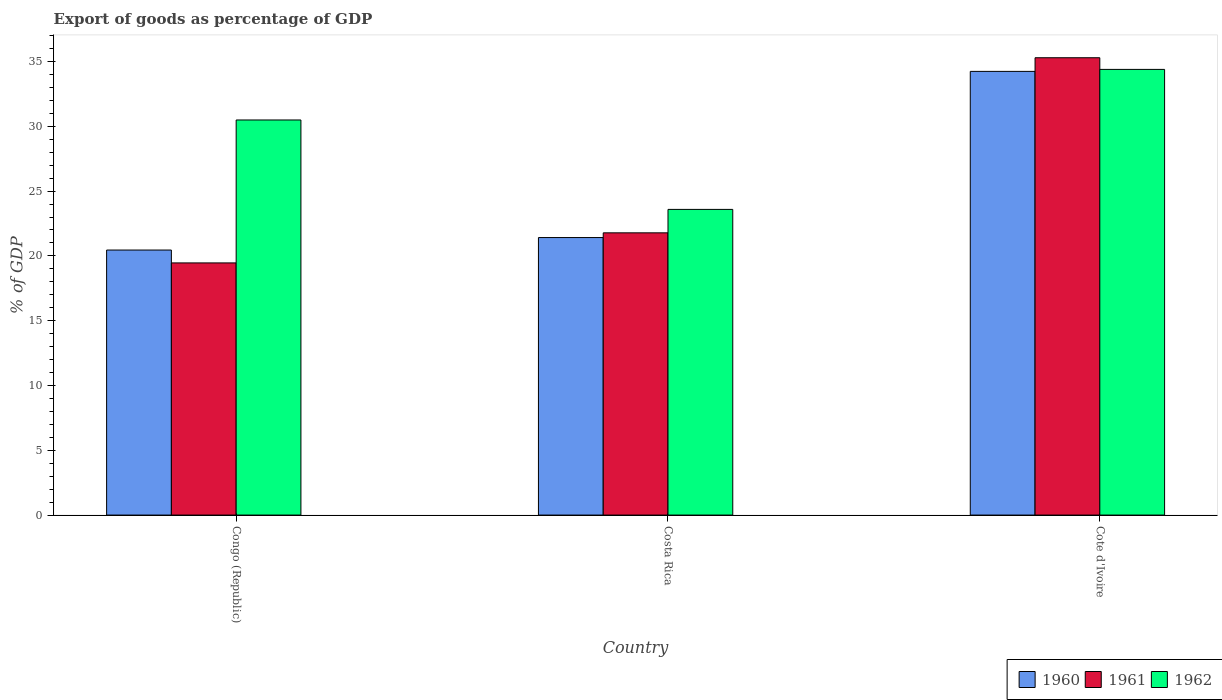
| Country | 1960 | 1961 | 1962 |
 | --- | --- | --- | --- |
 | Congo (Republic) | 20.5 | 19.5 | 30.5 |
 | Costa Rica | 21.4 | 21.8 | 23.6 |
 | Cote d'Ivoire | 34.2 | 35.3 | 34.4 |